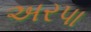
અરપા